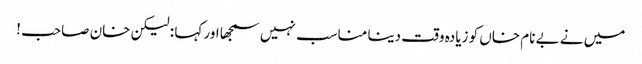
میں نے بے نام خاں کو زیادہ وقت دینا مناسب نہیں سمجھا اور کہا : لیکن خان صاحب !